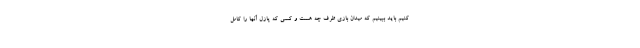
کنیم باید ببینیم که میدان بازی طرف چه هست و کسی که پازل آنها را کامل